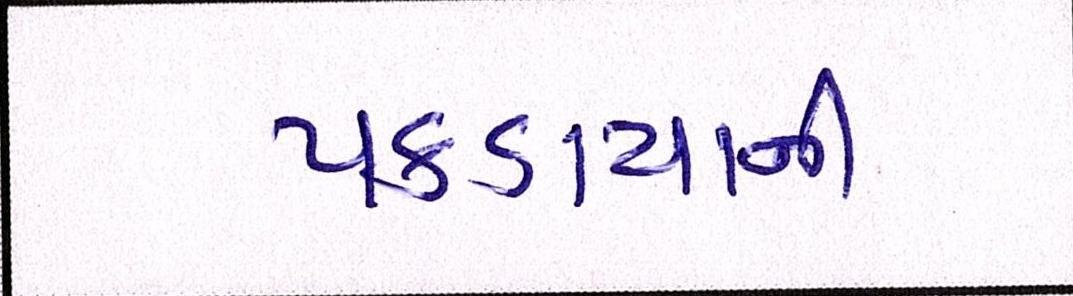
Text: પકડાયાની